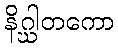
နိဂ္ဃါတကော